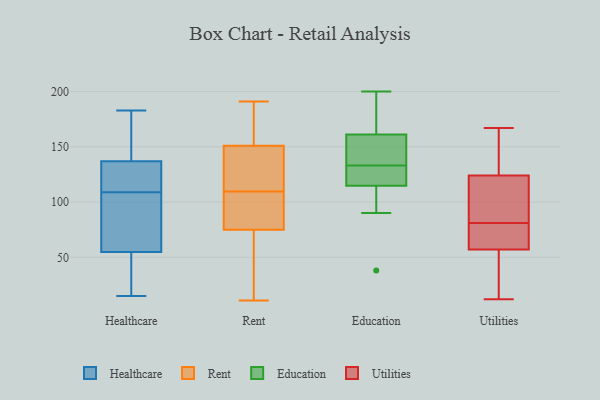
{"axis": {"x": "Latency (ms)", "y": "Value"}, "legend": ["Education", "Healthcare", "Rent", "Utilities"], "data": [{"x": "", "y": 152, "type": "Healthcare"}, {"x": "", "y": 87, "type": "Healthcare"}, {"x": "", "y": 60, "type": "Healthcare"}, {"x": "", "y": 183, "type": "Healthcare"}, {"x": "", "y": 131, "type": "Healthcare"}, {"x": "", "y": 52, "type": "Healthcare"}, {"x": "", "y": 15, "type": "Healthcare"}, {"x": "", "y": 128, "type": "Healthcare"}, {"x": "", "y": 53, "type": "Healthcare"}, {"x": "", "y": 109, "type": "Healthcare"}, {"x": "", "y": 139, "type": "Healthcare"}, {"x": "", "y": 143, "type": "Rent"}, {"x": "", "y": 169, "type": "Rent"}, {"x": "", "y": 114, "type": "Rent"}, {"x": "", "y": 151, "type": "Rent"}, {"x": "", "y": 11, "type": "Rent"}, {"x": "", "y": 185, "type": "Rent"}, {"x": "", "y": 84, "type": "Rent"}, {"x": "", "y": 75, "type": "Rent"}, {"x": "", "y": 22, "type": "Rent"}, {"x": "", "y": 151, "type": "Rent"}, {"x": "", "y": 86, "type": "Rent"}, {"x": "", "y": 15, "type": "Rent"}, {"x": "", "y": 191, "type": "Rent"}, {"x": "", "y": 105, "type": "Rent"}, {"x": "", "y": 112, "type": "Education"}, {"x": "", "y": 133, "type": "Education"}, {"x": "", "y": 123, "type": "Education"}, {"x": "", "y": 38, "type": "Education"}, {"x": "", "y": 90, "type": "Education"}, {"x": "", "y": 139, "type": "Education"}, {"x": "", "y": 200, "type": "Education"}, {"x": "", "y": 166, "type": "Education"}, {"x": "", "y": 147, "type": "Education"}, {"x": "", "y": 193, "type": "Education"}, {"x": "", "y": 129, "type": "Education"}, {"x": "", "y": 83, "type": "Utilities"}, {"x": "", "y": 124, "type": "Utilities"}, {"x": "", "y": 147, "type": "Utilities"}, {"x": "", "y": 124, "type": "Utilities"}, {"x": "", "y": 72, "type": "Utilities"}, {"x": "", "y": 167, "type": "Utilities"}, {"x": "", "y": 53, "type": "Utilities"}, {"x": "", "y": 12, "type": "Utilities"}, {"x": "", "y": 162, "type": "Utilities"}, {"x": "", "y": 22, "type": "Utilities"}, {"x": "", "y": 68, "type": "Utilities"}, {"x": "", "y": 24, "type": "Utilities"}, {"x": "", "y": 85, "type": "Utilities"}, {"x": "", "y": 104, "type": "Utilities"}, {"x": "", "y": 61, "type": "Utilities"}, {"x": "", "y": 134, "type": "Utilities"}, {"x": "", "y": 98, "type": "Utilities"}, {"x": "", "y": 28, "type": "Utilities"}, {"x": "", "y": 79, "type": "Utilities"}, {"x": "", "y": 63, "type": "Utilities"}]}